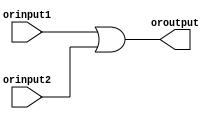
`timescale 1ns / 1ps
//////////////////////////////////////////////////////////////////////////////////
// Company: 
// Engineer: 
// 
// Design Name: 
// Module Name: OrGate
// Project Name: 
// Target Devices: 
// Tool Versions: 
// Description: 
// 
// Dependencies: 
// 
// Revision:
// Revision 0.01 - File Created
// Additional Comments:
// 
//////////////////////////////////////////////////////////////////////////////////


module OrGate (
    orinput1,
    orinput2,
    oroutput
);
  input orinput1, orinput2;
  output reg oroutput;

  always @(*) begin
    oroutput <= orinput1 | orinput2;
  end
endmodule